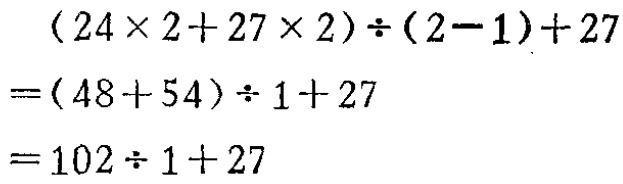
\[

\begin{align*}

&(24\times2 + 27\times2)\div(2 - 1)+27\\

=&(48 + 54)\div1+27\\

=&102\div1+27

\end{align*}

\]